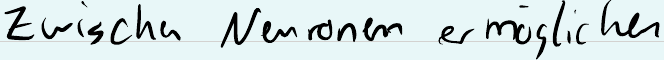
Zwischen Neuronen ermöglichen